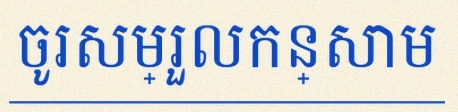
ចូរសម្រួលកន្សោម